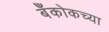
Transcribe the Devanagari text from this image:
बँकोकच्या